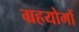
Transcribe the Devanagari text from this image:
ग्रहयोगों